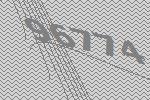
96774